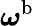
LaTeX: \boldsymbol{\omega}^{\textup{b}}